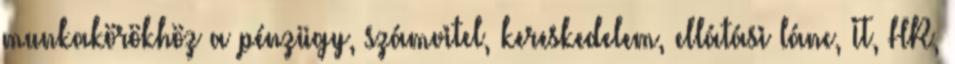
munkakörökhöz a pénzügy, számvitel, kereskedelem, ellátási lánc, IT, HR,